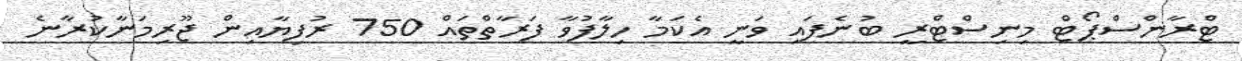
ޓްރާންސްޕޯޓް މިނިސްޓްރީ ބުނެފައި ވަނީ އެކަމާ ހިލާފުވާ ފަރާތްތައް 750 ރުފިޔާއިން ޖޫރިމަނާކުރާނެ